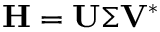
\mathbf { H } = \mathbf { U } \boldsymbol { \Sigma } \mathbf { V } ^ { * }